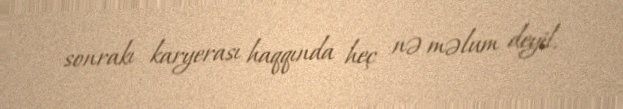
sonrakı karyerası haqqında heç nə məlum deyil.